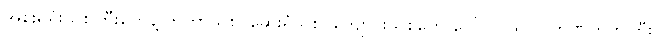
အစိုးရရုံးသစ်ကြီးတွေနဲ့ ဘူတာသစ်၊ ဆေးရုံသစ်၊ ကျောင်းသစ်တွေ ပေါ်လာသလို ဘဏ်တိုက်ကြီး၊